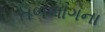
તળભાગના